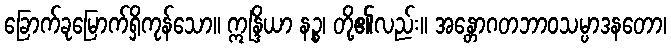
ခြောက်ခုမြောက်ရှိကုန်သော။ ဣန္ဒြိယာ နဉ္စ၊ တို့၏လည်း။ အန္တောဂတဘာဝသမ္ပာဒနတော၊